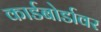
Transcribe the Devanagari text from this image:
कार्डबोर्डावर